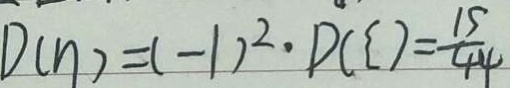
D ( \eta ) = ( - 1 ) ^ { 2 } \cdot D ( \zeta ) = \frac { 1 5 } { 4 4 }